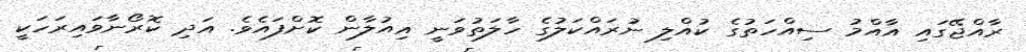
ރާއްޖޭގައި އާއްމު ސިއްހަތުގެ ކުއްލި ނުރައްކަލުގެ ހާލަތުވަނީ އިއުލާން ކޮށްފައެވެ. އަދި ކޮރޯނާވައިރަހަކީ